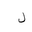
Letter: _lam